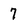
Character: 7